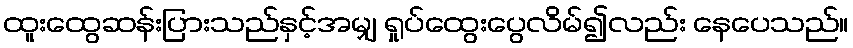
ထူးထွေဆန်းပြားသည်နှင့်အမျှ ရှုပ်ထွေးပွေလိမ်၍လည်း နေပေသည်။